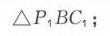
\(\triangle P_{1}BC\)；